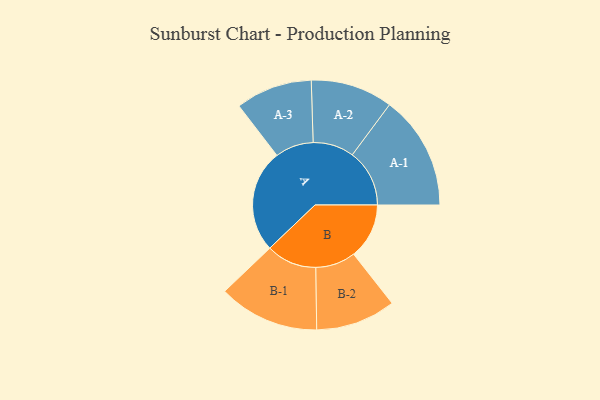
{"axis": {"x": "Segment", "y": "Value"}, "legend": ["", "A", "B"], "data": [{"x": "A", "y": 306, "type": ""}, {"x": "B", "y": 165, "type": ""}, {"x": "A-1", "y": 170, "type": "A"}, {"x": "A-2", "y": 122, "type": "A"}, {"x": "A-3", "y": 114, "type": "A"}, {"x": "B-1", "y": 150, "type": "B"}, {"x": "B-2", "y": 119, "type": "B"}]}